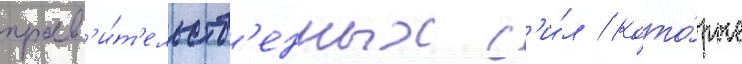
прав'и́т'ельств'енных с'и́л / кото́рые